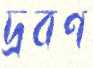
দ্রবণ